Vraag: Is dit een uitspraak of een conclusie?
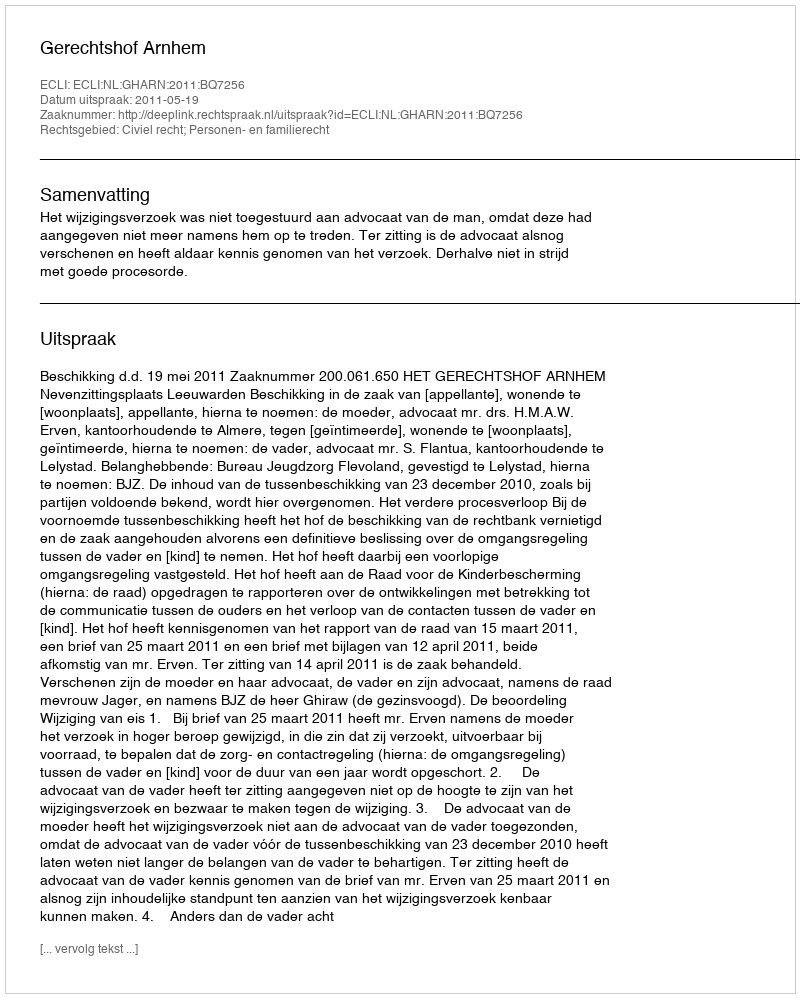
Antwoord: Uitspraak